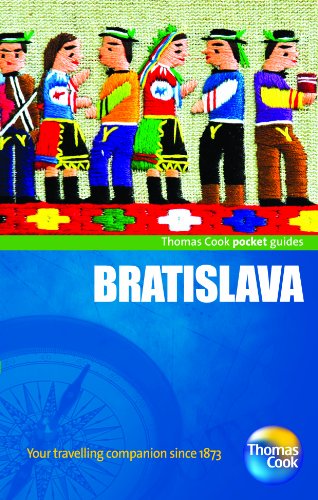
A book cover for Bratislava. (Pocket Guides); Wendy Wrangham; Travel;